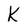
Character: k